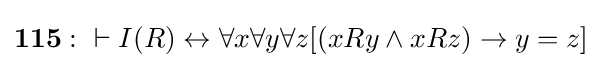
\mathbf {115:} \ \vdash I(R)\leftrightarrow \forall x\forall y\forall z[(xRy\land xRz)\rightarrow y=z]